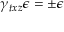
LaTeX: \gamma _ { t x z } \epsilon = \pm \epsilon